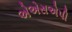
એએસએપી